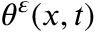
\theta ^ { \varepsilon } ( x , t )